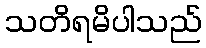
သတိရမိပါသည်